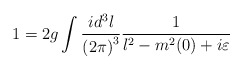
\begin{align*}1=2g\int\frac{id^3l}{{(2\pi)}^3}\frac{1}{l^2-m^2(0)+i\varepsilon}\end{align*}